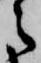
之